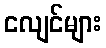
ငလျင်များ